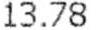
13.78